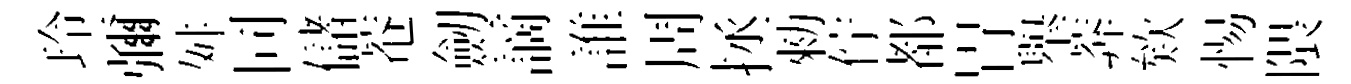
玲彌舛同儲菴劒謫誰周拯勑佇都胃𦦙莾欸惕隈